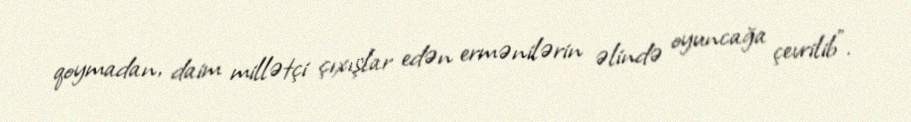
qoymadan, daim millətçi çıxışlar edən ermənilərin əlində oyuncağa çevrilib".